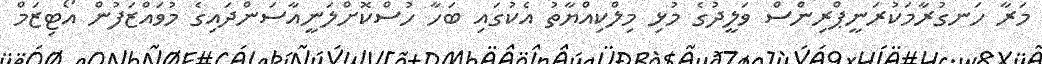
މަރާ ހަނގުރާމަކުރަނީޕްރިންސް ވަލީދުގެ މުޅި މިލްކިއްޔާތު އެކުގައި ބަހާ ހުސްކޮށްލަނީއާސަންދައިގެ މުވައްޒަފުން އޯޓިޒަމް